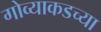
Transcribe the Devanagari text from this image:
गोव्याकडच्या